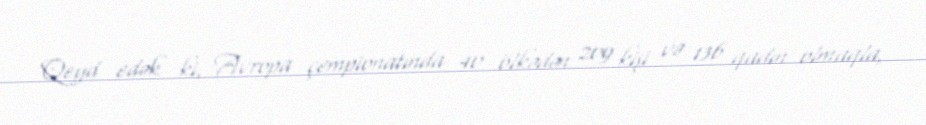
Qeyd edək ki, Avropa çempionatında 40 ölkədən 209 kişi və 136 qadın olmaqla,